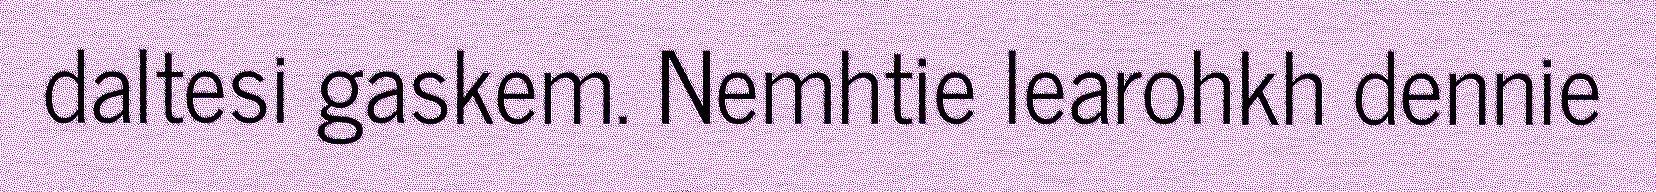
daltesi gaskem. Nemhtie learohkh dennie